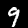
Digit: 9